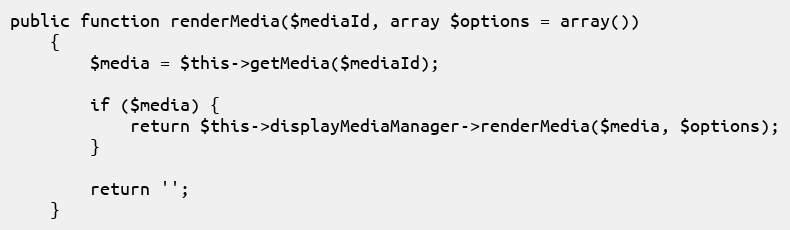
Language: PHP
public function renderMedia($mediaId, array $options = array())
    {
        $media = $this->getMedia($mediaId);

        if ($media) {
            return $this->displayMediaManager->renderMedia($media, $options);
        }

        return '';
    }